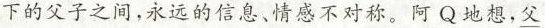
下的父子之间，永远的信息、情感不对称。阿Q地想，父